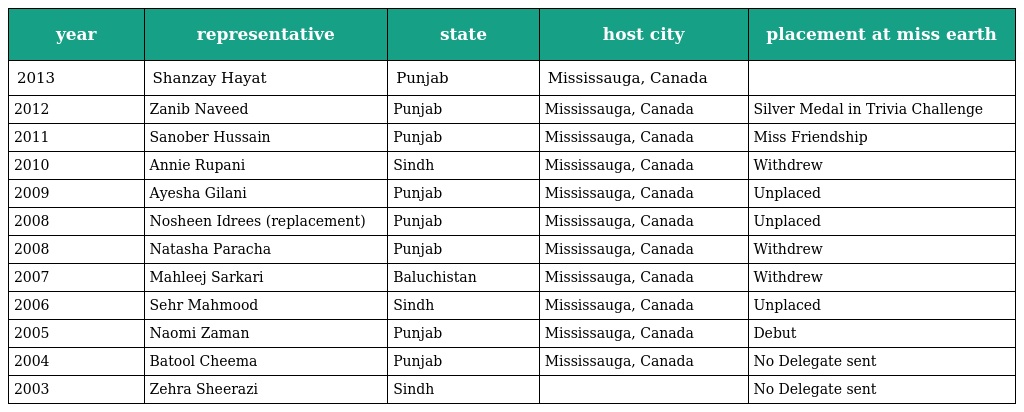
| year | representative | state | host city | placement at miss earth |
 | --- | --- | --- | --- | --- |
 | 2013 | Shanzay Hayat | Punjab | Mississauga, Canada |  |
 | 2012 | Zanib Naveed | Punjab | Mississauga, Canada | Silver Medal in Trivia Challenge |
 | 2011 | Sanober Hussain | Punjab | Mississauga, Canada | Miss Friendship |
 | 2010 | Annie Rupani | Sindh | Mississauga, Canada | Withdrew |
 | 2009 | Ayesha Gilani | Punjab | Mississauga, Canada | Unplaced |
 | 2008 | Nosheen Idrees (replacement) | Punjab | Mississauga, Canada | Unplaced |
 | 2008 | Natasha Paracha | Punjab | Mississauga, Canada | Withdrew |
 | 2007 | Mahleej Sarkari | Baluchistan | Mississauga, Canada | Withdrew |
 | 2006 | Sehr Mahmood | Sindh | Mississauga, Canada | Unplaced |
 | 2005 | Naomi Zaman | Punjab | Mississauga, Canada | Debut |
 | 2004 | Batool Cheema | Punjab | Mississauga, Canada | No Delegate sent |
 | 2003 | Zehra Sheerazi | Sindh |  | No Delegate sent |